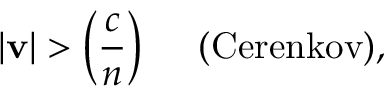
| { \bf v } | > \left( { \frac { c } { n } } \right) \ \ \ \ \mathrm { ( C e r e n k o v ) } ,